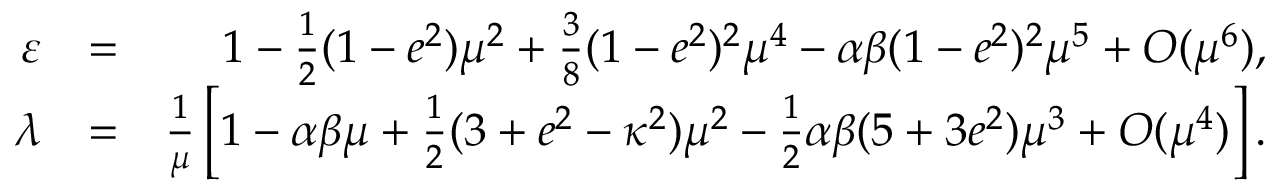
\begin{array} { r l r } { \varepsilon } & { = } & { 1 - \frac { 1 } { 2 } ( 1 - e ^ { 2 } ) \mu ^ { 2 } + \frac { 3 } { 8 } ( 1 - e ^ { 2 } ) ^ { 2 } \mu ^ { 4 } - \alpha \beta ( 1 - e ^ { 2 } ) ^ { 2 } \mu ^ { 5 } + { \cal O } ( \mu ^ { 6 } ) , } \\ { \lambda } & { = } & { \frac { 1 } { \mu } \left[ 1 - \alpha \beta \mu + \frac { 1 } { 2 } ( 3 + e ^ { 2 } - \kappa ^ { 2 } ) \mu ^ { 2 } - \frac { 1 } { 2 } \alpha \beta ( 5 + 3 e ^ { 2 } ) \mu ^ { 3 } + { \cal O } ( \mu ^ { 4 } ) \right] . } \end{array}